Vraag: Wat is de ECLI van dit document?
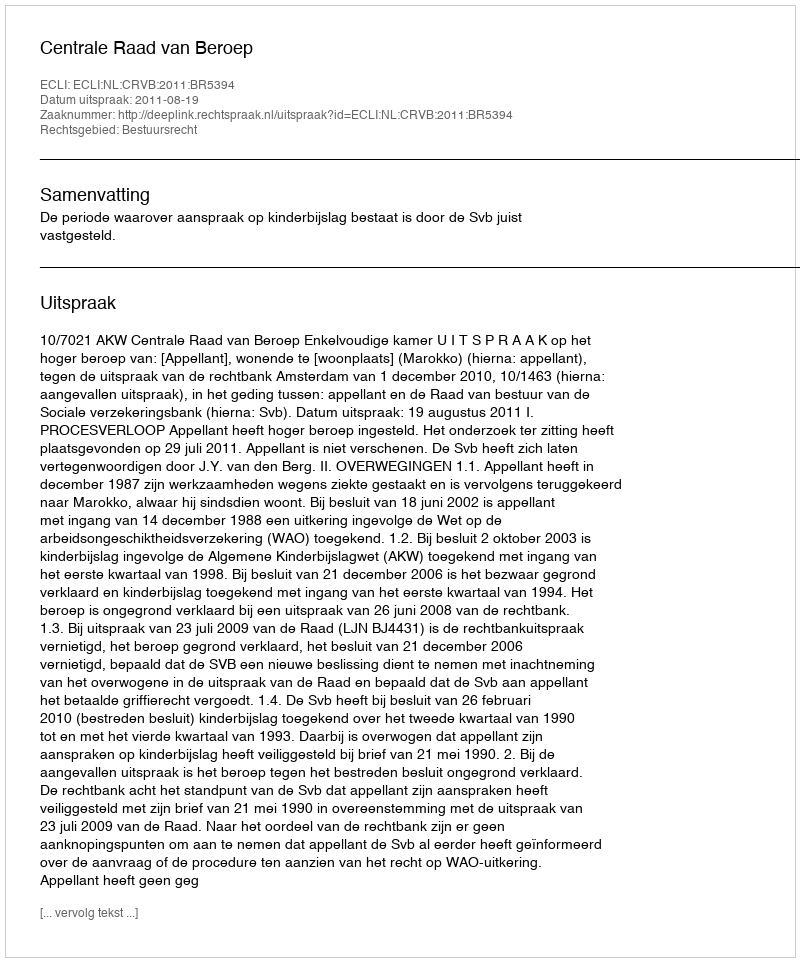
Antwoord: ECLI:NL:CRVB:2011:BR5394